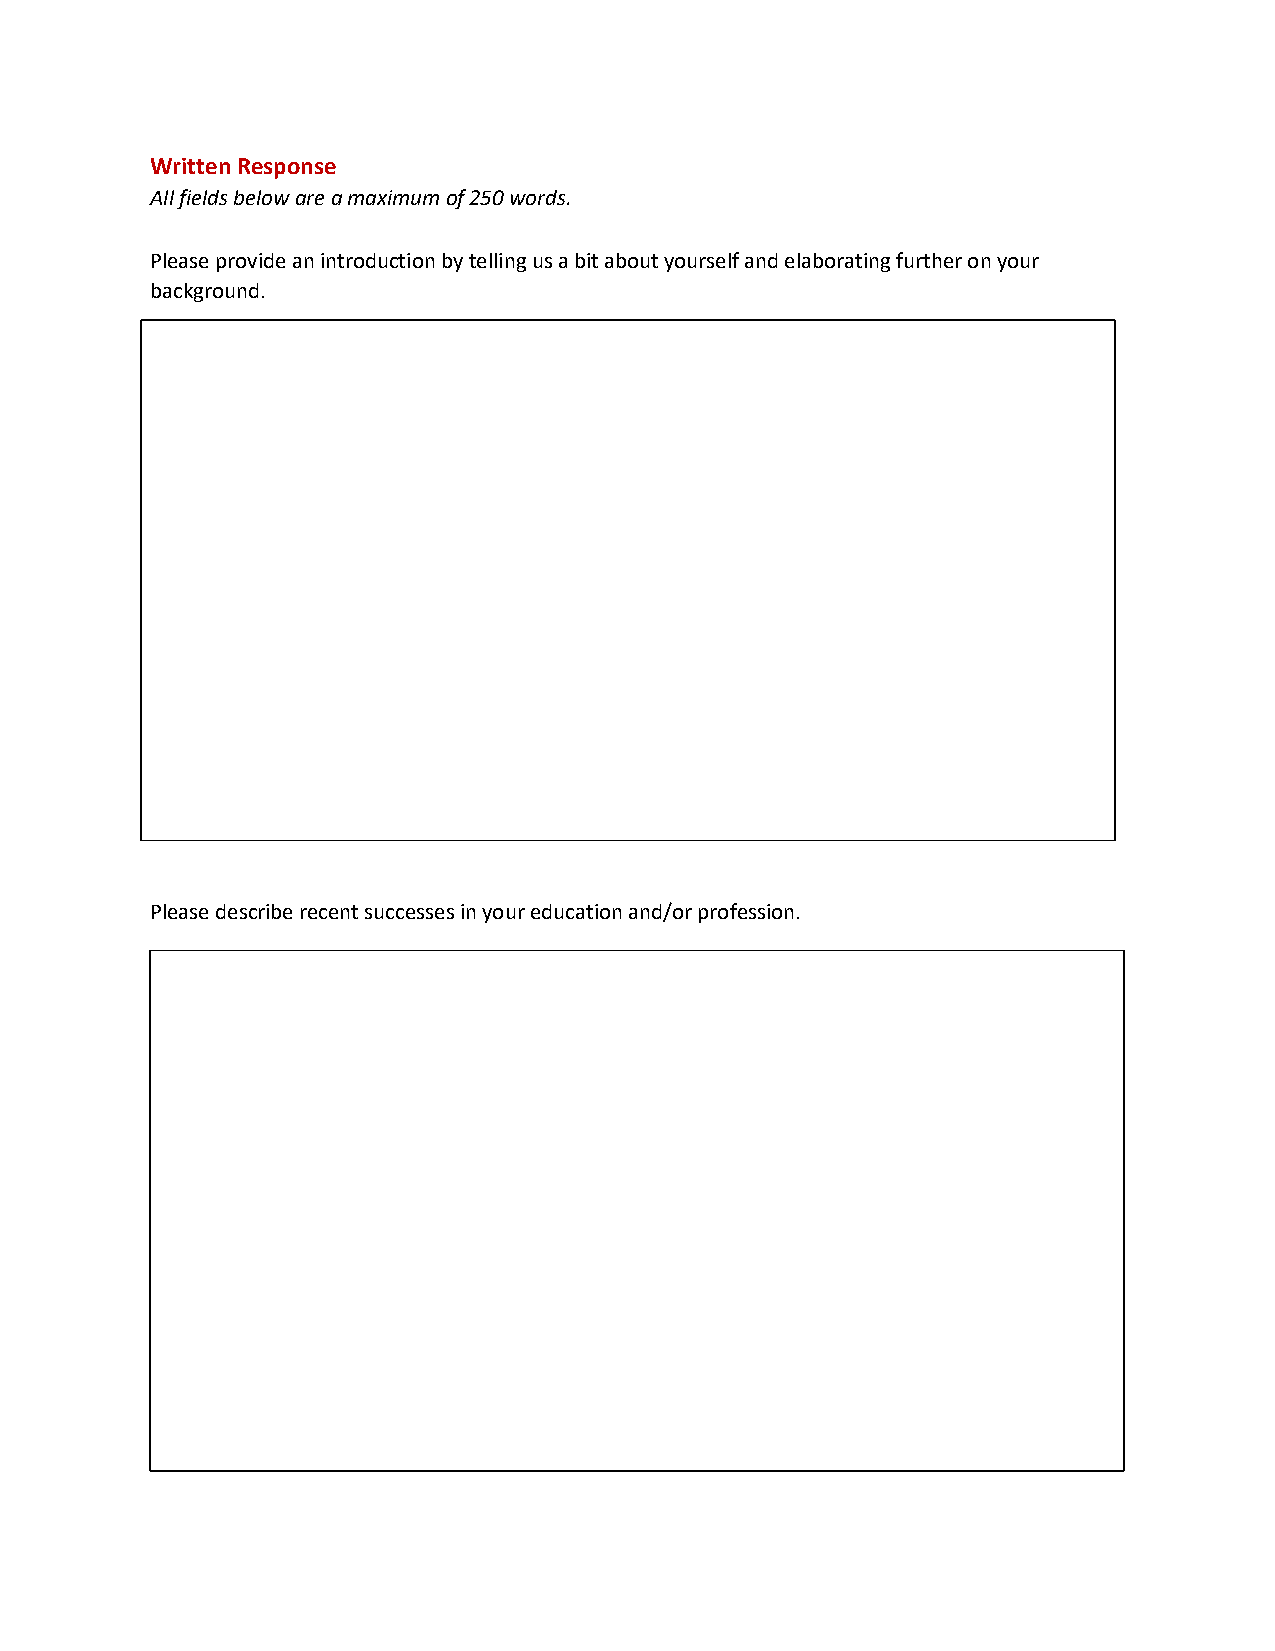
Written Response
 All fields below are a maximum of 250 words.
 Please provide an introduction by telling us a bit about yourself and elaborating further on your
 background.
 Please describe recent successes in your education and/or profession.